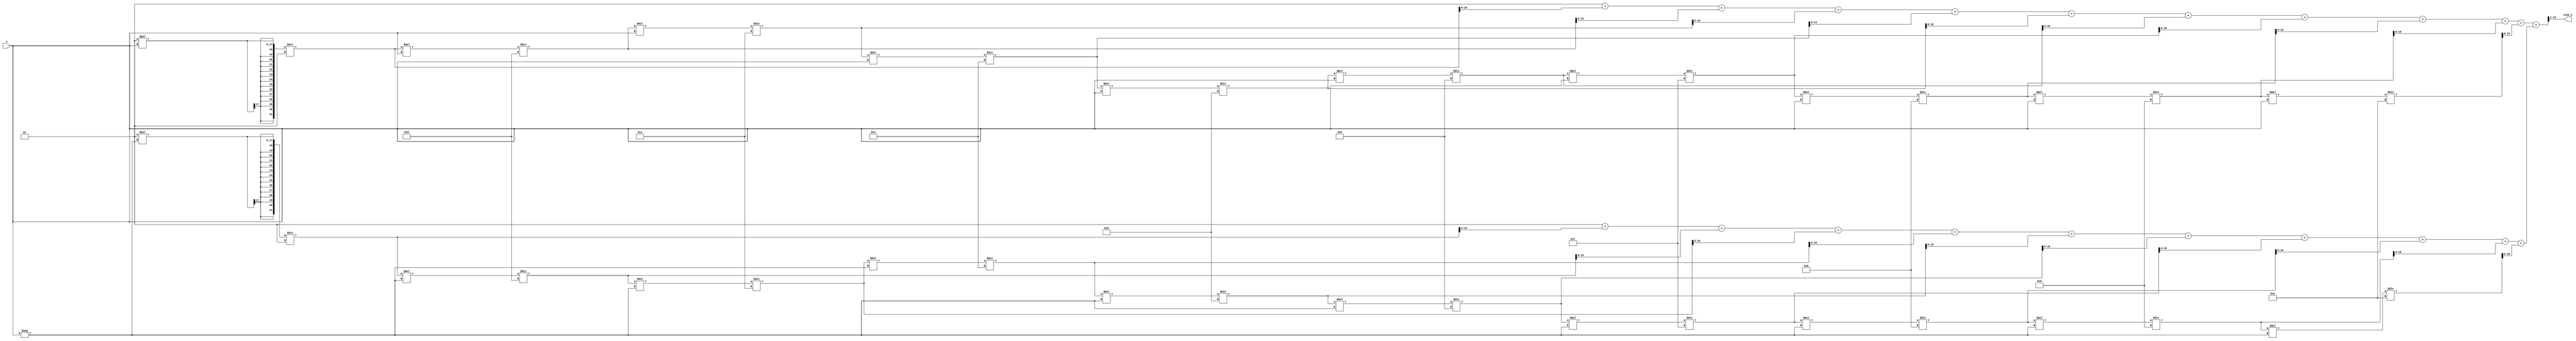
module hyperbolic_cosh (
    input signed [15:0] x,         // Input: Fixed-point representation of x
    output reg signed [15:0] cosh_x // Output: Fixed-point representation of cosh(x)
);

    // Internal signals
    wire signed [31:0] exp_x;      // e^x
    wire signed [31:0] exp_neg_x;  // e^(-x)
    wire signed [31:0] sum;         // e^x + e^(-x)

    // Exponentiation using Taylor series approximation
    function signed [31:0] exp_taylor;
        input signed [15:0] val;
        reg signed [31:0] result;
        reg signed [31:0] term;
        integer i;
        begin
            result = 32'h00000001; // e^0 = 1
            term = 32'h00000001;   // First term (x^0 / 0!)
            for (i = 1; i <= 10; i = i + 1) begin // 10 terms for approximation
                term = (term * val) / i; // Calculate x^i / i!
                result = result + term;   // Add to result
            end
            exp_taylor = result;
        end
    endfunction

    // Calculate e^x and e^(-x)
    assign exp_x = exp_taylor(x);
    assign exp_neg_x = exp_taylor(-x);

    // Calculate e^x + e^(-x)
    assign sum = exp_x + exp_neg_x;

    // Calculate cosh(x) = (e^x + e^(-x)) / 2
    always @(*) begin
        cosh_x = sum >> 1; // Right shift by 1 to divide by 2
    end

endmodule